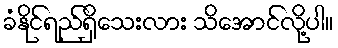
ခံနိုင်ရည်ရှိသေးလား သိအောင်လို့ပါ။